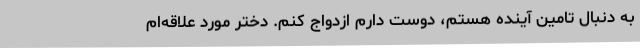
به دنبال تامین آینده هستم، دوست دارم ازدواج کنم. دختر مورد علاقه‌ام